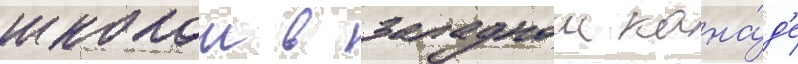
школои в западнои кана́д'е